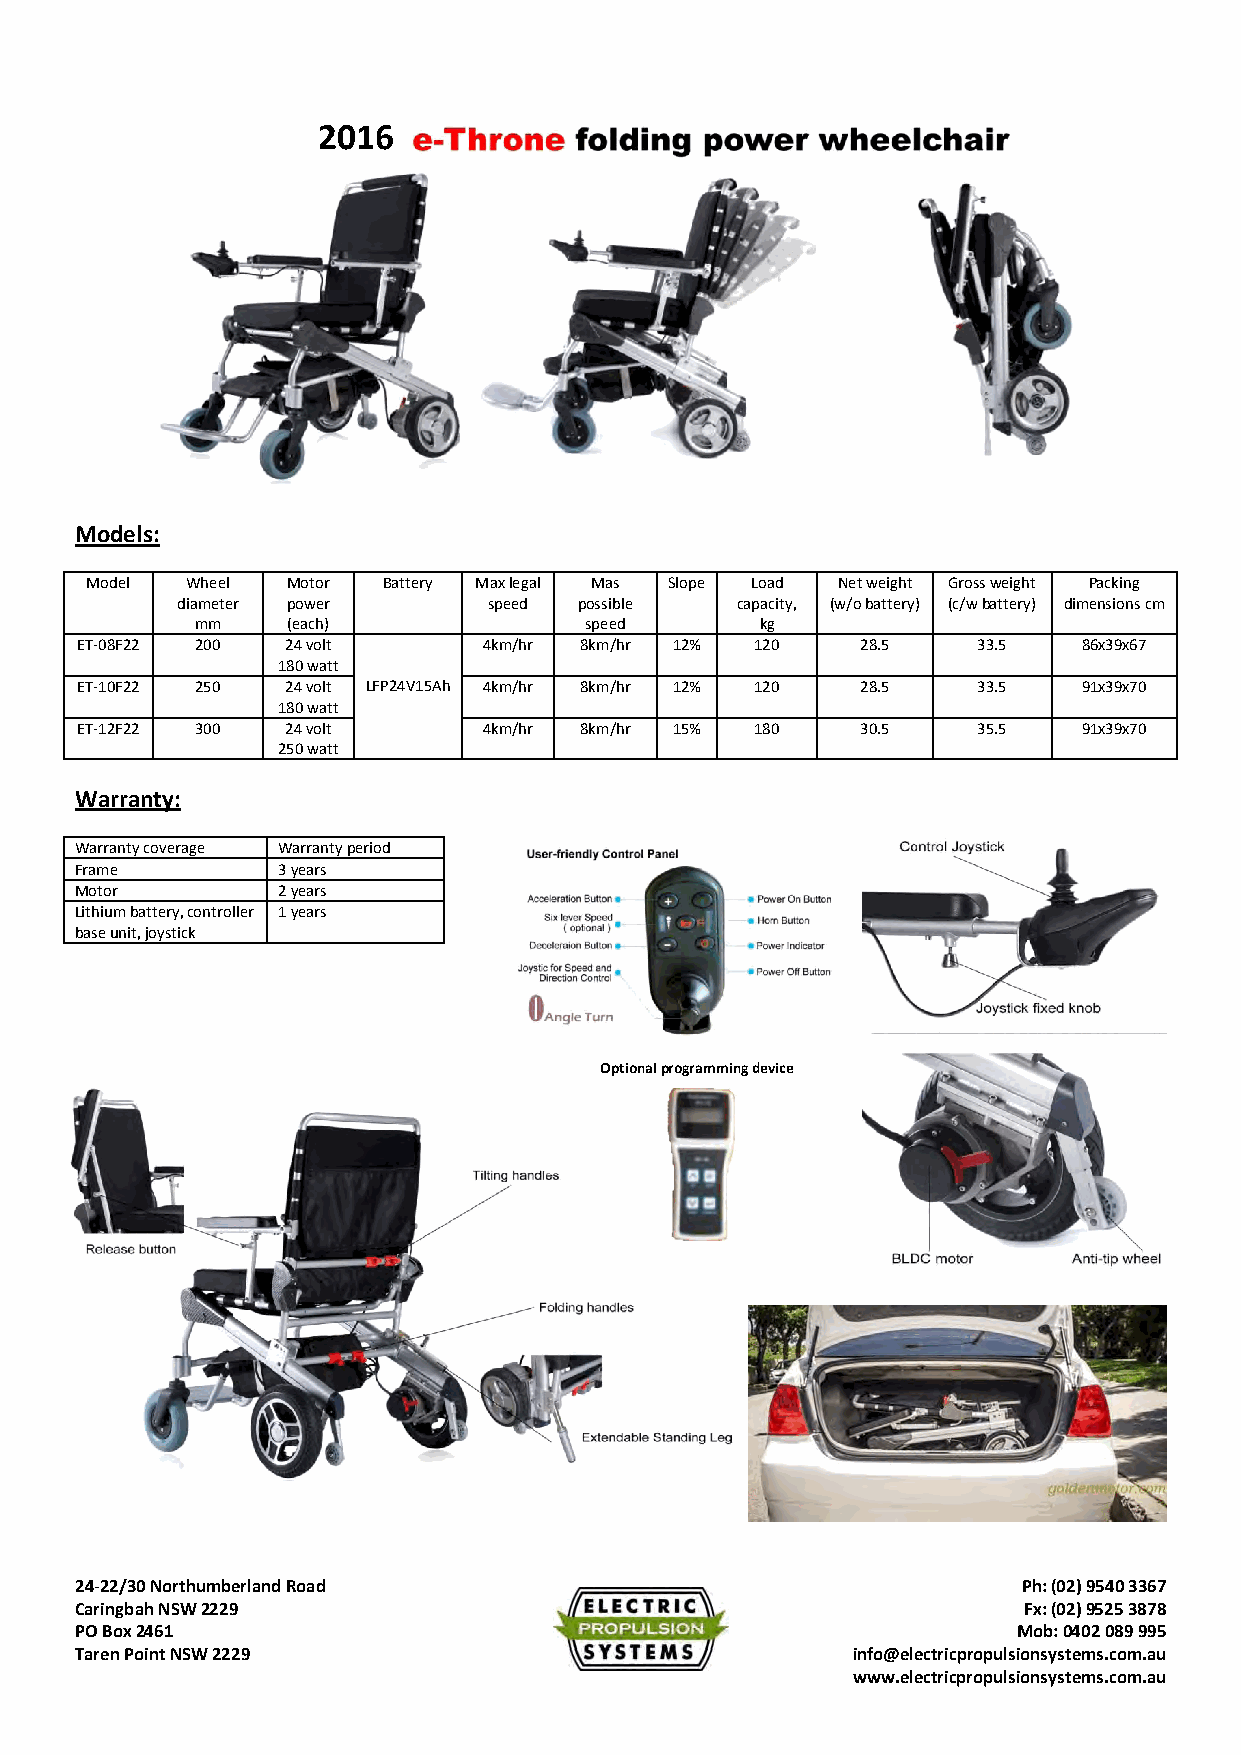
2016
 Models:
 Model Wheel  Motor Battery Max legal Mas Slope Load Net weight Gross weight Packing
 diameter power      speed possible   capacity, (w/o battery) (c/w battery) dimensions cm
 mm    (each)              speed      kg
 ET‐08F22 200  24 volt      4km/hr 8km/hr 12% 120    28.5    33.5   86x39x67
 180 watt
 ET‐10F22 250  24 volt LFP24V15Ah 4km/hr 8km/hr 12% 120 28.5 33.5   91x39x70
 180 watt
 ET‐12F22 300  24 volt      4km/hr 8km/hr 15% 180    30.5    35.5   91x39x70
 250 watt
 Warranty:
 Warranty coverage Warranty period
 Frame        3 years
 Motor        2 years
 Lithium battery, controller 1 years
 base unit, joystick
 Optional programming device
 24‐22/30 Northumberland Road                                   Ph: (02) 9540 3367
 Caringbah NSW 2229                                             Fx: (02) 9525 3878
 PO Box 2461                                                   Mob: 0402 089 995
 Taren Point NSW 2229                               info@electricpropulsionsystems.com.au
 www.electricpropulsionsystems.com.au